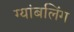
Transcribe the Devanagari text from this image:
ग्यांबलिंग